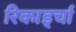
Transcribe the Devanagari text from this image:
रिकार्ड्चा